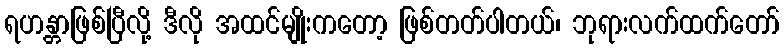
ရဟန္တာဖြစ်ပြီလို့ ဒီလို အထင်မျိုးကတော့ ဖြစ်တတ်ပါတယ်၊ ဘုရားလက်ထက်တော်